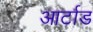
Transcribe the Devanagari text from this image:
आर्टाड